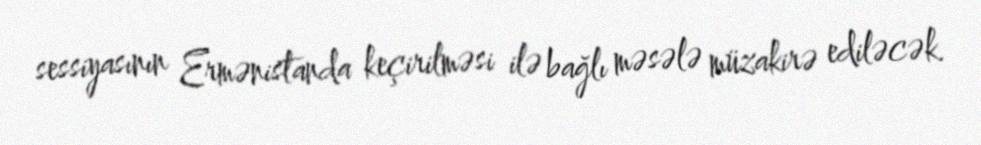
sessiyasının Ermənistanda keçirilməsi ilə bağlı məsələ müzakirə ediləcək.